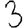
Digit: 3